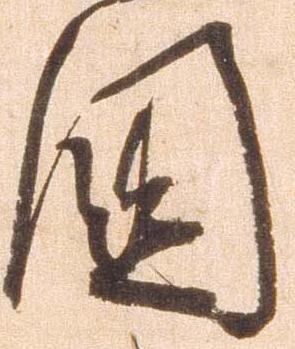
国